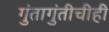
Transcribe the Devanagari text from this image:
गुंतागुंतीचीही